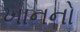
ખાનનો